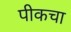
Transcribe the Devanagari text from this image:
पीकचा